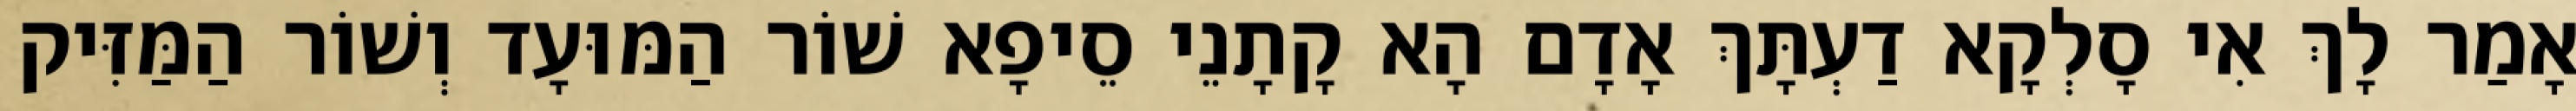
אָמַר לָךְ אִי סָלְקָא דַעְתָּךְ אָדָם הָא קָתָנֵי סֵיפָא שׁוֹר הַמּוּעָד וְשׁוֹר הַמַּזִּיק